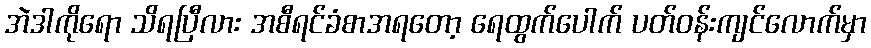
အဲဒါကိုရော သိရပြီလား အစီရင်ခံစာအရတော့ ရေထွက်ပေါက် ပတ်ဝန်းကျင်လောက်မှာ